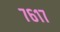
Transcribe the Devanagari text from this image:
७६१७